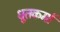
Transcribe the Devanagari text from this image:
धूतकर्मा